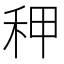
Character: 𰨡